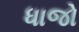
ધાજો